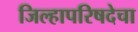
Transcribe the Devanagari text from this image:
जिल्हापरिषदेचा